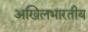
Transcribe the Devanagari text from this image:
अखिलभारतीय